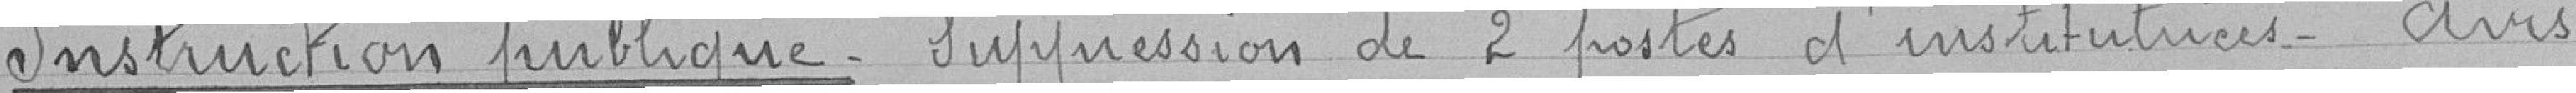
Instruction publique_ Suppression de 2 postes d'instituteur. Avis